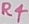
Text: R4